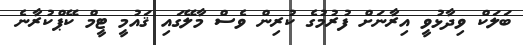
ބަލަކް ވިދާޅުވީ އިރާނަށް ފުރުމުގެ ކުރިން ވެސް މާލޭގައި ޤައުމީ ޓީމް ކޭޕްކުރާނެ